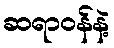
ဆရာဝန်နဲ့